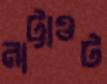
নাট্টাওট